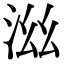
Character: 𣳯